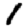
Digit: 1